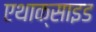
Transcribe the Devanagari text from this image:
एथाक्साइड